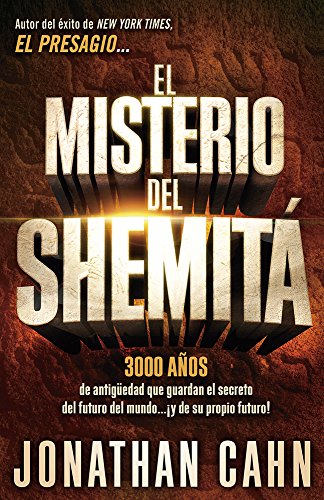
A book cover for El misterio del ShemitÃ¡: 3000 aÃ±os de antigÃ¼edad que guardan el secreto del futuro del mundoE¦ Â¡y de su propio futuro! (Spanish Edition); Jonathan Cahn; Christian Books & Bibles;